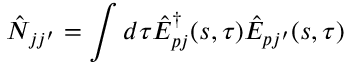
\hat { N } _ { j j ^ { \prime } } = \int d \tau \hat { E } _ { p j } ^ { \dag } ( s , \tau ) \hat { E } _ { p j ^ { \prime } } ( s , \tau )